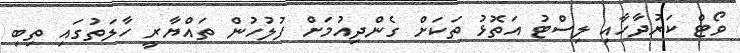
ވޯޓް ކަރުދާހާއި ލިސްޓު އަތޮޅު ތަކަށް ގެންދިއުމަށް ފުލުހުން ތައްޔާރީ ހާލަތުގައި ތިބި